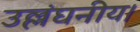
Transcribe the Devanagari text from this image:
उल्लंघनीय।